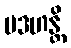
ပဒဟန္တိ